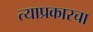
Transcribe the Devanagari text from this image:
त्याप्रकारचा